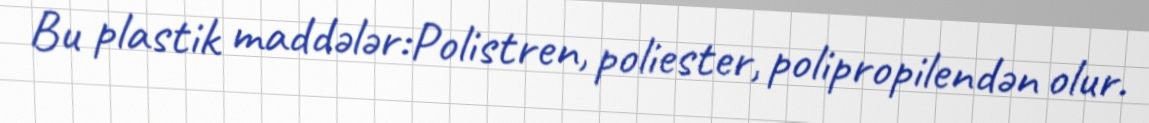
Bu plastik maddələr:Polistren, poliester, polipropilendən olur.